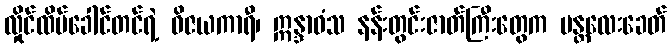
လှိုင်ထိပ်ခေါင်တင်ရဲ့ ဝိဇယကာရီ၊ ဣန္ဒာဝံသ နန်းတွင်းဇာတ်ကြီးတွေက မန္တလေးခေတ်